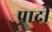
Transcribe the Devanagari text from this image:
पादी